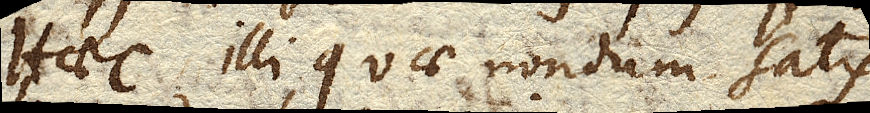
Haec illi, quae nondum satis